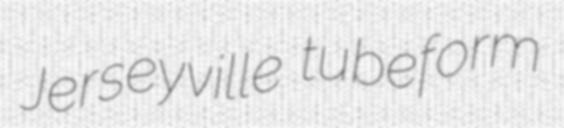
Jerseyville tubeform